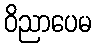
ဝိညာပေမ